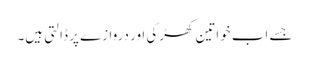
جسے اب خواتین کھڑکی اور دروازے پر ڈالتی ہیں۔